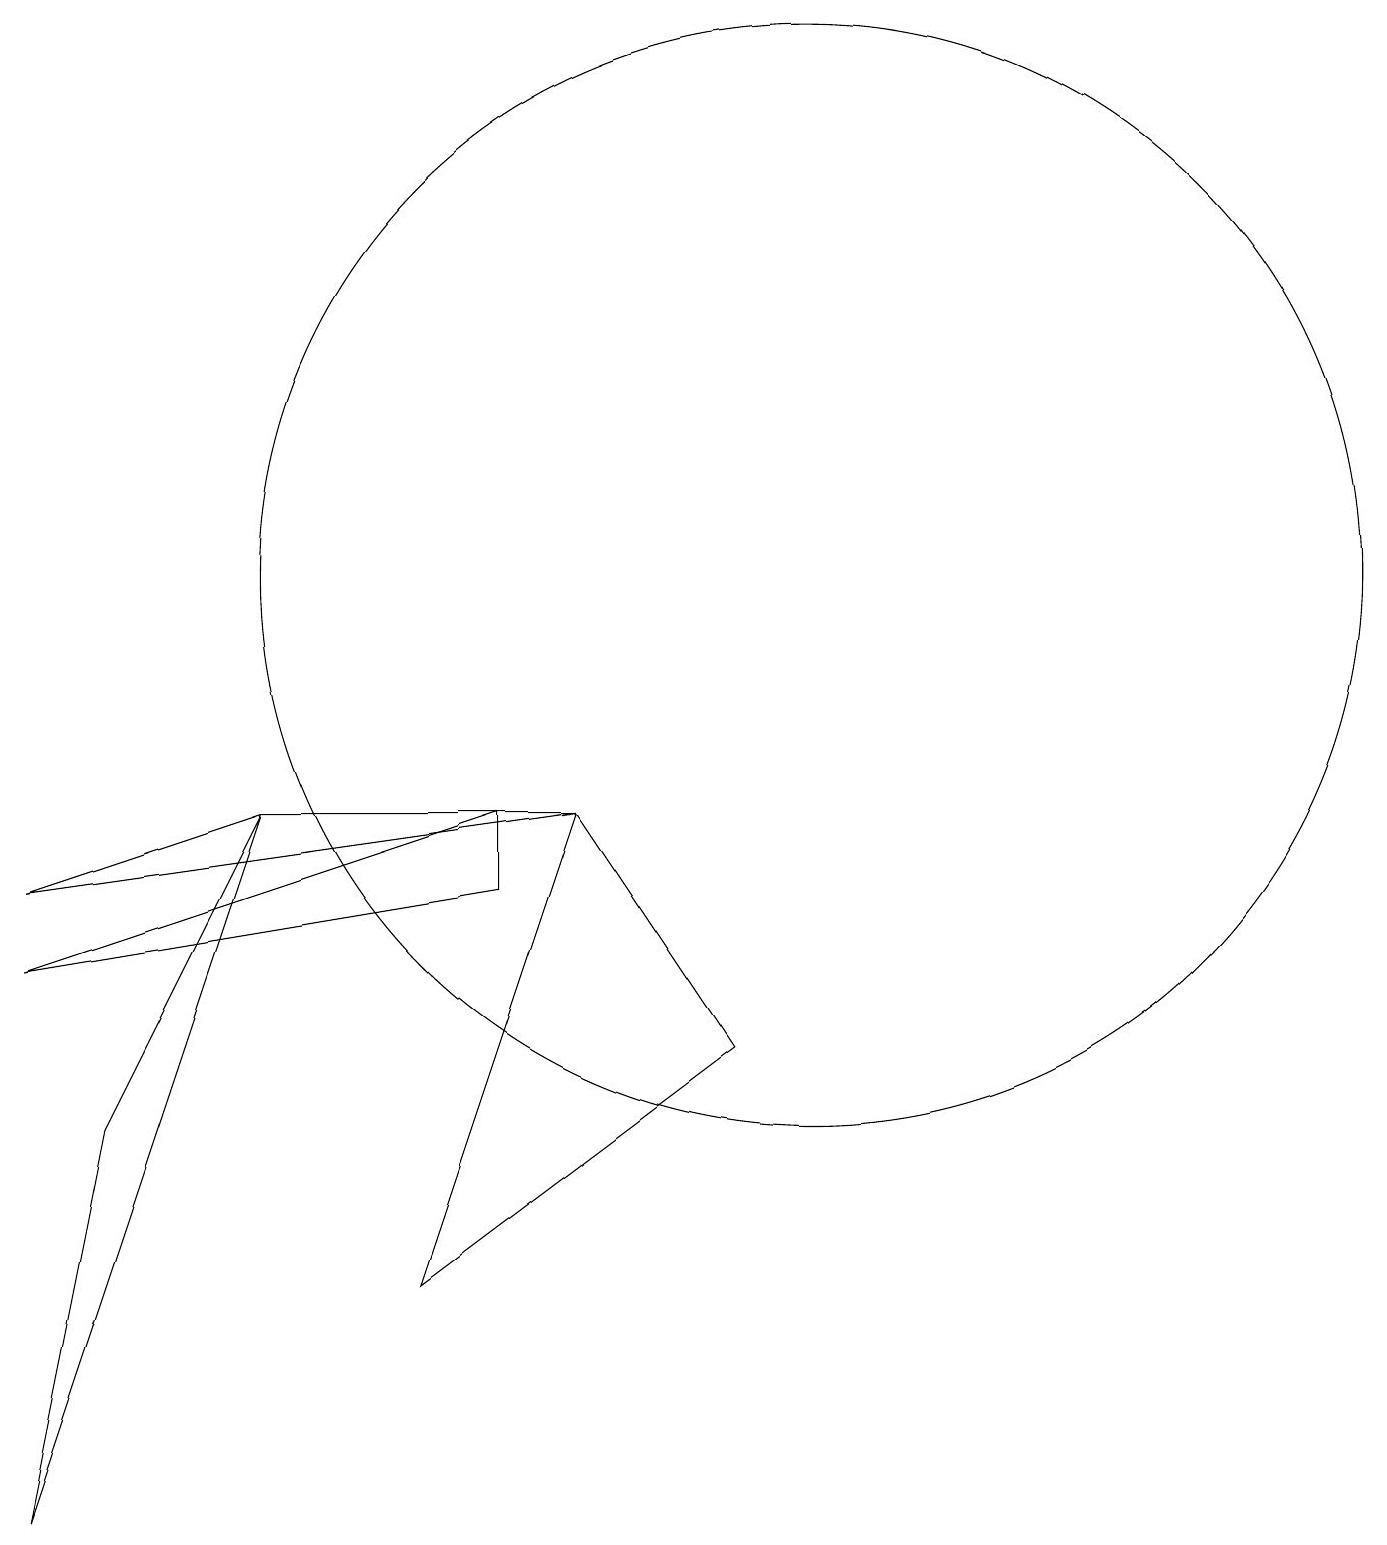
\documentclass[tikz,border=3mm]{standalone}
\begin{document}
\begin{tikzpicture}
\draw (10,12) circle (7);
\draw (0,7) -- (6,9) -- (6,8) -- cycle;
\draw (7,9) -- (9,6) -- (5,3) -- cycle;
\draw (0,0) -- (1,5) -- (3,9) -- cycle;
\draw (0,8) -- (3,9) -- (7,9) -- cycle;
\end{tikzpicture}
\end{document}